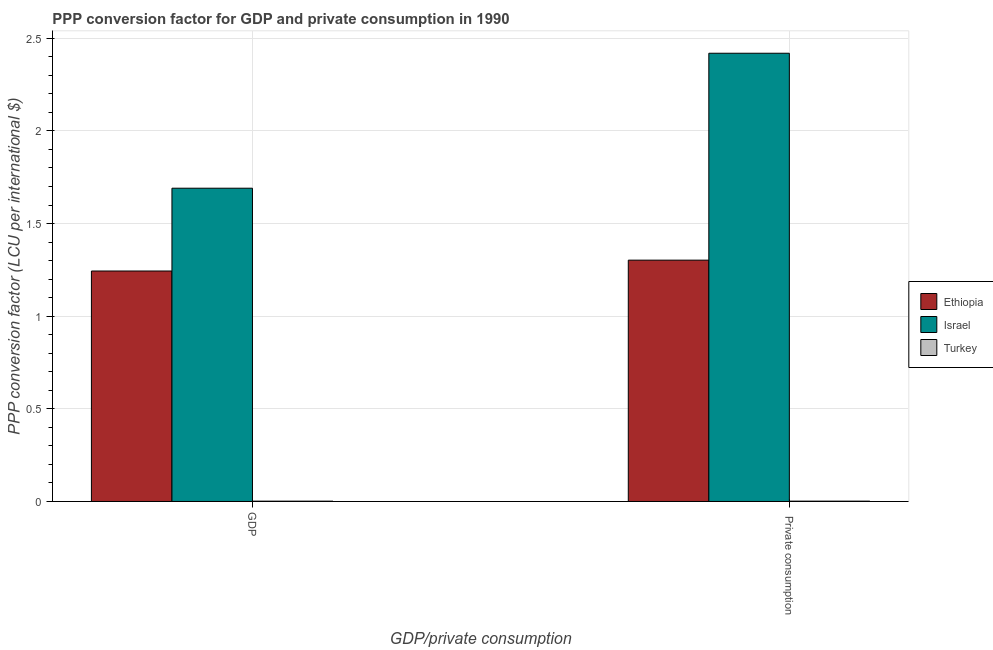
| GDP/private consumption | Ethiopia | Israel | Turkey |
 | --- | --- | --- | --- |
 | GDP | 1.24 | 1.69 | 0.00164 |
 |  Private consumption | 1.3 | 2.42 | 0.00171 |